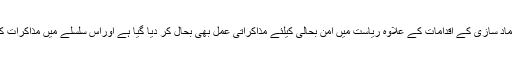
مرکزی وزیر داخلہ کا مزید کہنا تھا کہ ان اعتماد سازی کے اقدامات کے علاوہ ریاست میں امن بحالی کیلئے مذاکراتی عمل بھی بحال کر دیا گیا ہے اوراس سلسلے میں مذاکرات کار کی نامزدگی کو بھی عمل میں لایاگیا ہے ۔